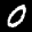
Label: 0